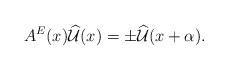
LaTeX: \begin{align*}A^{E}(x)\widehat{\mathcal{U}}(x)=\pm\widehat{\mathcal{U}}(x+\alpha).\\\end{align*}